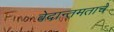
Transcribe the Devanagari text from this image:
वेदान्तमताचे